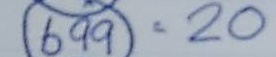
699 = 20